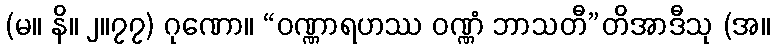
(မ။ နိ။ ၂။၇၇) ဂုဏော။ “ဝဏ္ဏာရဟဿ ဝဏ္ဏံ ဘာသတီ”တိအာဒီသု (အ။